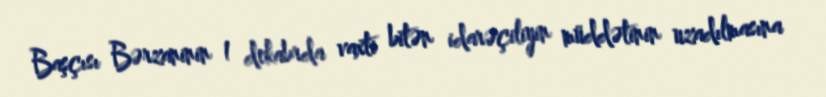
Başçısı Bərzaninin 1 dekabrda vaxti bitən idarəçiliyin müddətinin uzadılmasına